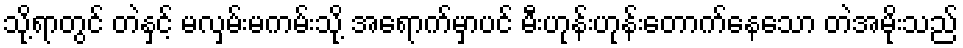
သို့ရာတွင် တဲနှင့် မလှမ်းမကမ်းသို့ အရောက်မှာပင် မီးဟုန်းဟုန်းတောက်နေသော တဲအမိုးသည်